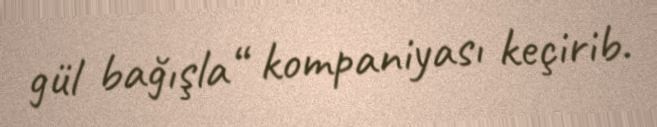
gül bağışla“ kompaniyası keçirib.